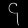
Digit: ၄